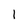
Character: 1